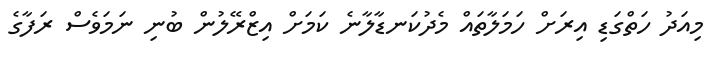
މިއަދު ހަތްގަޑި އިރަށް ހަމަލާތައް މެދުކަނޑާލާނެ ކަމަށް އިޒްރޭލުން ބުނި ނަމަވެސް ރަފާގެ